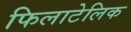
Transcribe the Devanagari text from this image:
फिलाटेलिक